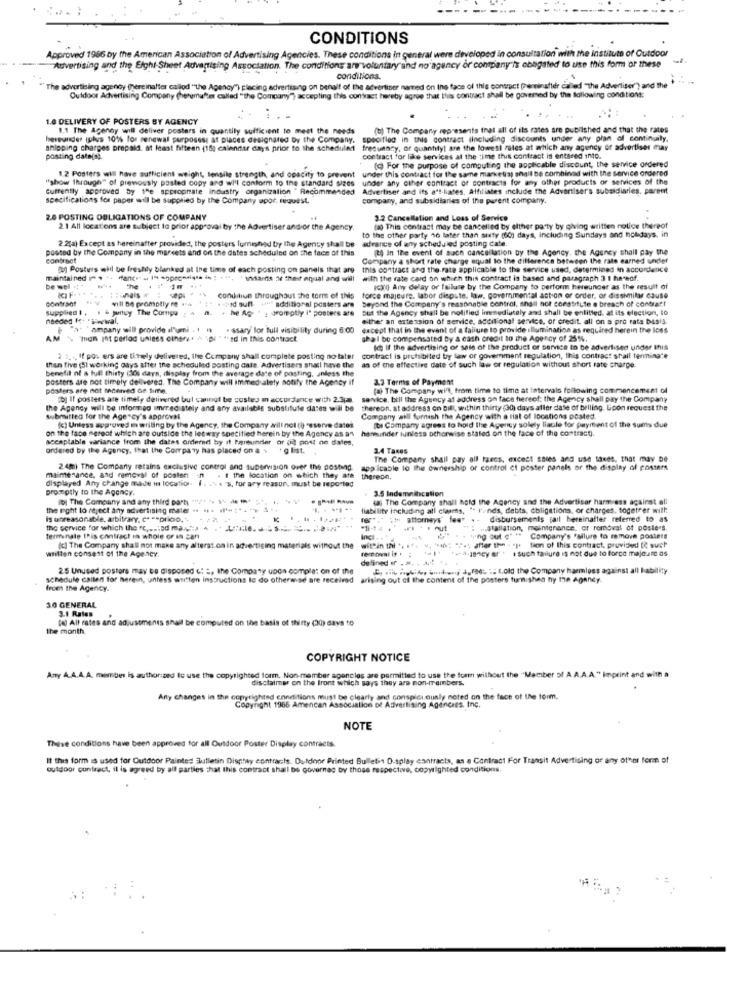
CONDITIONS
Approved 1986 by the American Association of Advertising Agencies. These conditions in general were developed in consultation with the institute of Outdoor
Advertising and the Eight-Sheet Advertising Association. The conditions are"voluntary and no agency or company is obligated to use this form of these
conditions.
The advertising agency (hereinafter callod ""the Agency") placing advertising on behalf of the advertiser named on Ing face of this contract (hereinafter called "The Advertiser") and the +
Outdoor Advertising Company (herumafter called "the Company") accepting this contact hereby agree that this contract shall be governed by the following conditions:
1.0 DELIVERY OF POSTERS BY AGENCY
1.1 The Agency will deliver posters in quantily sufficient to meet the needs
(b) The Company represents that all of its rates are published and that the rates
hereunder tulus 10% for renewal purposes; at places designated by the Company. specified in this contract (including discounts under any plan of continuity,
anipping charges prepaid, at least fifteen (16; calendar days prior to the schedule
frequency, of quantity! are the lowest rales at which any agency of advertiser may
posting date(s).
contract for like services at the time this contract is entered into.
(c) For the purpose of computing the pophcable discount, the service ordered
under this contract for the same marketist shall be combined with the service ordered
"show through" of previously posted copy and wi'l conform to the standard sizes
1.2 Posters will have sufficient weight, tensile strength, and opacity to prevent
under any other contract of contracts for any other products of services of the
Currently approved by the appropriate industry organizalion " Recommended
Advertiser and its att-liates. Affiliates include the Advertiser's subsidiaries, parent
specifications for paper will be supplied by the Company upor. request.
company, and subsidiaries of the parent company.
2.0 POSTING OBLIGATIONS OF COMPANY
3.2 Cancellation and Loss of Service
2.1 All locations are subject to prior approval by the Advertiser and/or the Agency.
(a) This contrast may be cancelled by either party by giving written notice thereof
2.2(a) Except as hereinafter provided, the posters lumighed by the Agency shall be
advance of wny scheduled posting cate.
to the other party 46 later than sixty (60) days, including Sundays and holidays, in
posted by the Company in the markets and on the dates scheduled on the face of this
(t) In the event of such cancellation by the Agency. the Agency shall pay the
contract
Company a short rate charge equal to the difference between the rate earned under
ag Posters will be freshly blanked at the time of each posting on panels that are
this contract and the rate applicable to the service used, determined in accordance
maintained if + ++ Hance - 19 sopronsigte is : ***, ' ahdarnis ne their anual and will
with the rate card on which this contract is based and paragraphh 3 1 hereof.
be well it -
IN Any delay or failure by the Company to perform hereunder as the result of
Contr.sat
vill DA promptly re .ca ' :- . - sd sufl-
conditun throughout the torm of this
force majeure, labor dispute. law. governmental action or order, or dissimilar cause
beyond the Company's reasonable control, shall not constitute a breach of contract
supplied 1 +
. & puntoy The Compu
.. .. . Me A . . poretly i" posters are
+fui" additional posters are
but the Agency shall be notified immediately and shall be entitled, at its election, lo
.ther an extension of service, additional service, or credit, all on a pro rata basis.
"a* * ampany will provide al"umi . 1 . . ssary for full visibility during 6:00
except that in the event of a failure to provide illumination as required herein the loss
AM " "man Int perlod unless cinere. " """Ed in this contract
shal be compensated By a cash credit to the Agency of 25%.
Ich If the advertising of sale of the product or service to be advertised under this
. ... If por ers are titely delivered, the Company shall complete posting no later contract is prohibited by law or govemment regulation, this contract shail termina"e
benefit nf a full thirty (30) days, display from the average date of posting, unless the
than five (5l working days after the scheduled posting date. Advertisers shall have the as of the effective date of such law or regulation without short rate charge.
posters are not timely dellvered. The Company will Immediately notify the Agency if
2.3 Terms of Payment
posters are not macerved Ge fime.
fat The Company will, from time to time at fatervals following commencement of
[b] Il posters ate timely delivered bul cannot be costes m accordance with 2.3;a).
service, bill the Agency af address on face hereof: the Agency shall pay the Company
the Agency will be informed amrred ately and any available substitute dates will be
thereon, at address on Bill, within thirty (30) days aller date of belling. Upon request the
submitted for the Agency's approval
Company will furnish the Agency with a list of locations posted.
on the face mereof which are outside the lesway specified herein by the Agency as an hacekinder unless otherwise stated on the face of the contract).
(c) Unless approved m writing by the Agency, the Company will not (h reserve datet
Ite Company agrees to hold the Agency solely liable for payment of the sums due
acceptable variance from the dates ordered by it Pentunder or (il post ne dates,
ordered by the Agency, that the Company has placed on a .
. g list.
3.4 Taxes
The Company shall pay all taxes, excelt sales and use taxes, that may be
2 4m) The Company retains exclusive control and supervision over the posting.
applicable lo the ownership of control ci poster panels or the display of posters
displayed Any change made in location. I. . . s. fur ary reasur, must be reported
maimenance, and removal of poster -n
. I the location on which they afe
theseon.
promptly to the Agency.
3.5 Indemnitcation
(o) The Company and any third party "" + $4
Laj The Company shall hold the Agency and the Advertiser harm ess against all
the right to reject any advertising mater .. ..
liability including all claims, " I'unds, debts, cbligations, or charges, todetrer will
is unreasonable, arbitrary, c" ""prico.
"" attorneys" fes" .- disbursements jarl hereinafter referred to as
the service for which the re .... ed ma .- "a .
....
. nut
": - stalation, maintenance, or removal of posters,
terminale this contract in whole or in car
within thi .. ... .. ***; "> after the . "p tion of this contract, providen! [ such
Inc .. .
Company's Failure to remove posters
written consent of the Agency.
(c) The Company shall not make any alterat on in advertising materials without the
"+4,jeyar such failure is not due to force majeure as
defined ef . .. . .. ..
25 Unused posters may be disposed &: :, the Company upon comple: on of the
Og nile foglie wunden; Jgrad. : told the Company harmless against all kability
schedule cailen for herein, unless written instructions to do otherwise are received arising out of the content of the posters furnished hy the Agency
from the Agency.
30 GENERAL
3.1 Rales
(N) All rates and adjustments shall be computed on the basis of thirty (30) days to
the month.
COPYRIGHT NOTICE
Any A.A.A.A. member is authorized to use the copyrighted form. Non-member agencies are permitted to use the form without the "Member of A.A.A.A." Imprint and with a
disclaimer on the front which says they are mon-members.
Any changes in the copyrighted ennetitions must be clearly and conspicuously noted on the face of the form,
Copyright 1966 Amencan Associalice of Advertising Agencies, Inc.
NOTE
Thise conditions have been approved for all Outdoor Poster Display contracts.
It this form is used for Outdoor Painted Bulletin Display contracts. Outdoor Printed Bulletin D.splay contracts, as a Contract For Transit Advertising or any other form of
outdoor contract, il is agreed by all parties that this contract shall be Governes by those respective, copyrighted conditions.